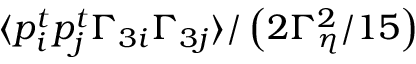
\langle p _ { i } ^ { t } p _ { j } ^ { t } \Gamma _ { 3 i } \Gamma _ { 3 j } \rangle / \left( 2 \Gamma _ { \eta } ^ { 2 } / 1 5 \right)